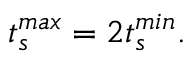
t _ { s } ^ { m a x } = 2 t _ { s } ^ { m i n } .